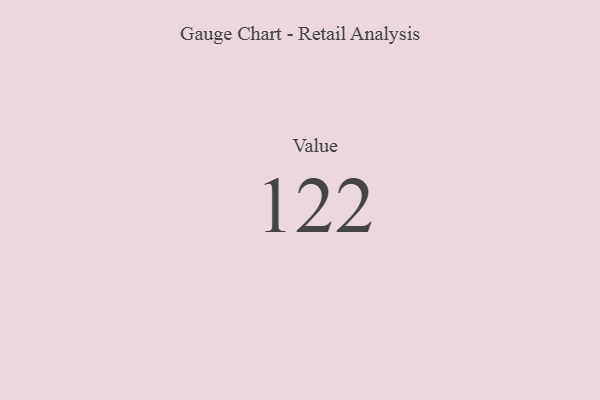
{"axis": {"x": "Metric", "y": "Value"}, "legend": [""], "data": [{"x": "Value", "y": 122, "type": ""}]}